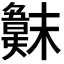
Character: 𣝖